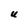
Character: U